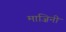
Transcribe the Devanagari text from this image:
माज़िनी